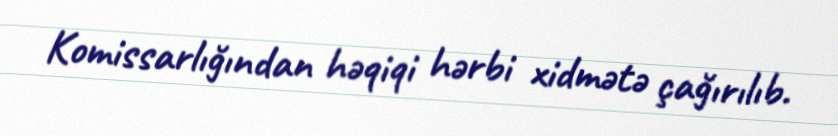
Komissarlığından həqiqi hərbi xidmətə çağırılıb.